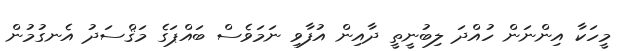
މީހަކާ އިންނަން ހުއްދަ ލިބުނީތީ ދާއިން އުފާވި ނަމަވެސް ބައްޕަގެ މަޤްސަދު އެނގުމުން